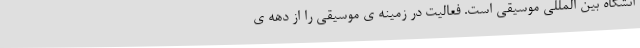
انشگاه بین المللی موسیقی است. فعالیت در زمینه ی موسیقی را از دهه ی